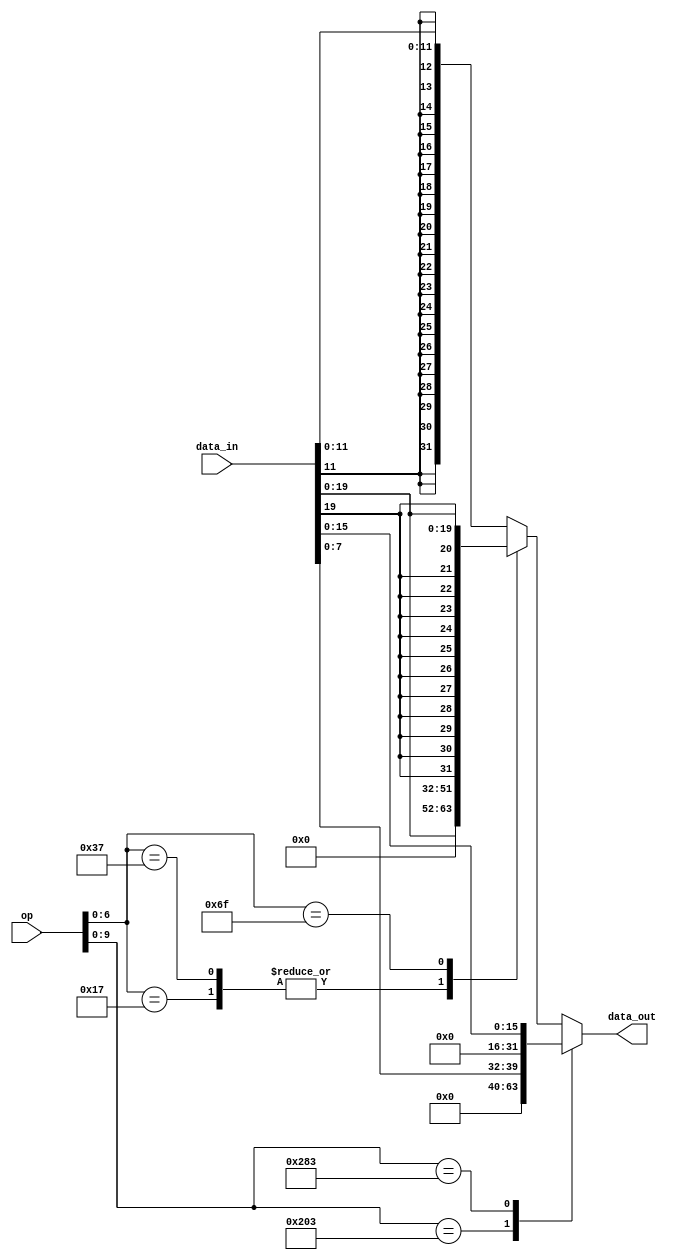
//Github co-pilot was not used
`timescale 1ns / 1ps
module ImmExt(
input [31:0]data_in,
input [10:0]op,
output reg [31:0]data_out);

always@(*)
begin
    case(op[9:0])
    10'b1000000011 :  data_out <= {{24{1'b0}}, data_in[7:0]};
    10'b1010000011 :  data_out <= {{16{1'b0}}, data_in[15:0]};
    default:
        case(op[6:0])
           7'b0110111, 7'b0010111 : data_out <= {{12{1'b0}},data_in[19:0]};
           7'b1101111 : data_out <= {{12{data_in[19]}}, data_in[19:0]};
//           7'b0000011, 7'b0100011, 7'b0010011, 7'b1100011 
           default : data_out <= {{20{data_in[11]}}, data_in[11:0]};
        endcase
    endcase
    
end


endmodule